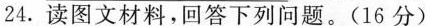
24.读图文材料，回答下列问题。(16分)